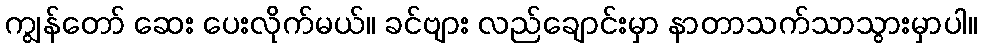
ကျွန်တော် ဆေး ပေးလိုက်မယ်။ ခင်ဗျား လည်ချောင်းမှာ နာတာသက်သာသွားမှာပါ။